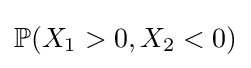
\mathbb {P} (X_{1}>0,X_{2}<0)